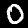
Label: 0